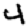
Digit: 4